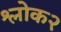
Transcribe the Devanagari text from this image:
श्लोक२